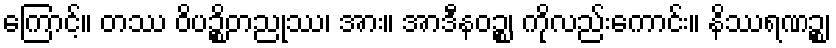
ကြောင့်။ တဿ ဝိပဉ္စိတညုဿ၊ အား။ အာဒီနဝဉ္စ၊ ကိုလည်းကောင်း။ နိဿရဏဉ္စ၊